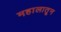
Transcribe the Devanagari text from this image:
महालातून